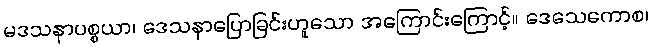
မဒသနာပစ္စယာ၊ ဒေသနာပြောခြင်းဟူသော အကြောင်းကြောင့်။ ဒေသေကောစ၊